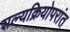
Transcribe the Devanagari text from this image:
शल्यक्रियोपरांत